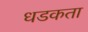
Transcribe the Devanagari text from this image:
धडकता